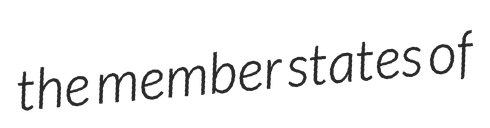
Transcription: the member states of